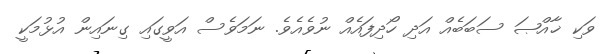
ވަކި ޚާއްޞަ ސަބަބެއް އަދި ހޯދިފައެއް ނުވެއެވެ. ނަމަވެސް އަވީގައި ގިނައިން އުޅުމަކީ